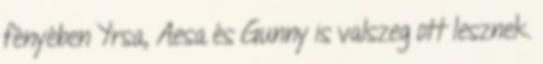
fényében Yrsa, Aesa és Gunny is valszeg ott lesznek.